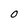
Character: O